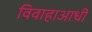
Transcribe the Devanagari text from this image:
विवाहाआधी